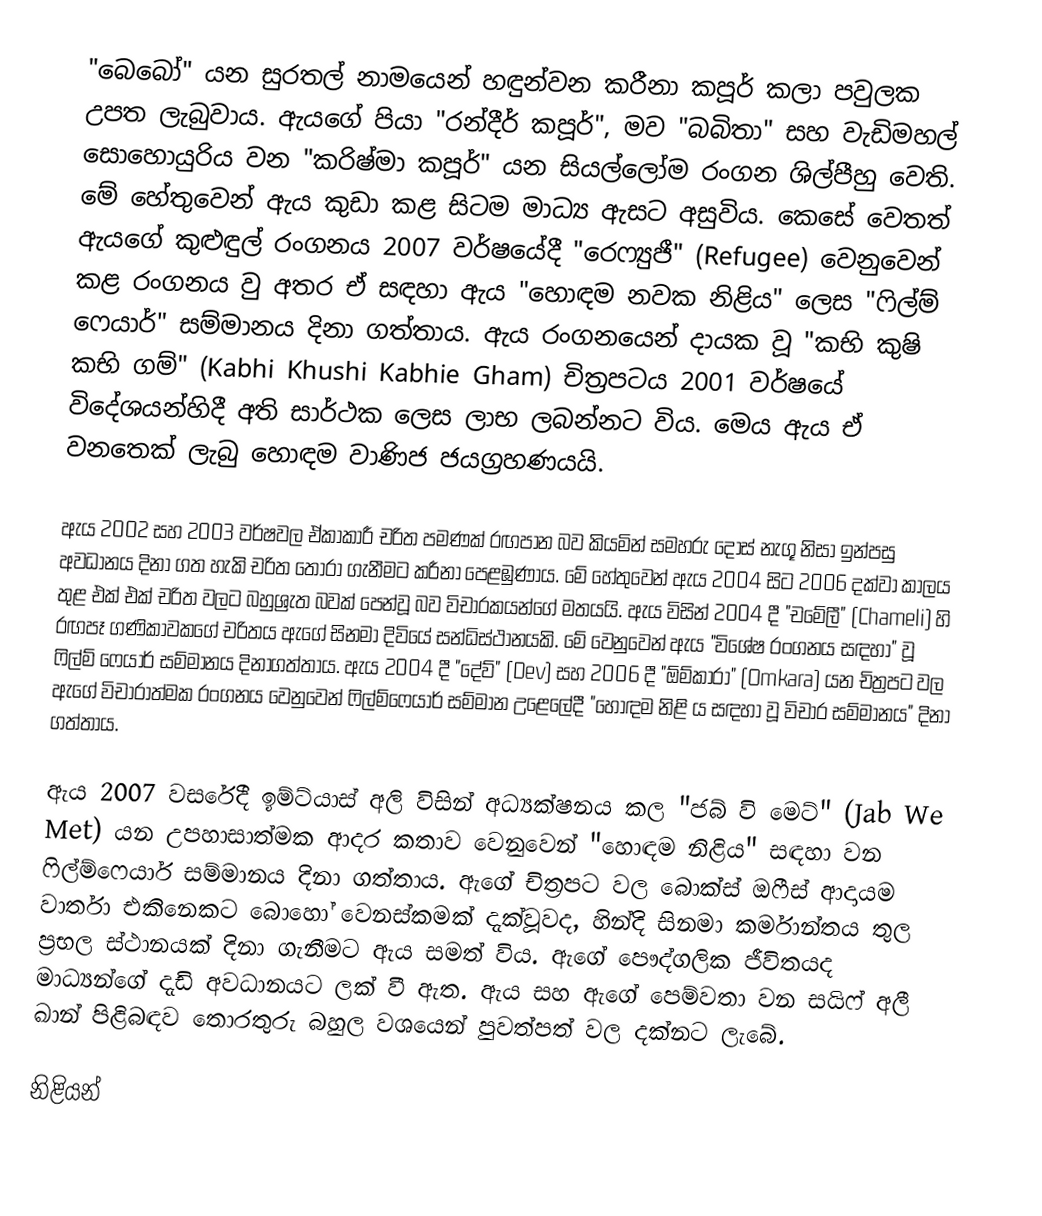
"බෙබෝ" යන සුරතල් නාමයෙන් හඳුන්වන කරීනා කපූර් කලා පවුලක උපත ලැබුවාය. ඇයගේ පියා "රන්දීර් කපූර්", මව "බබිතා" සහ වැඩිමහල් සොහොයුරිය වන "කරිෂ්මා කපූර්" යන සියල්ලෝම රංගන ශිල්පීහු වෙති. මේ හේතුවෙන් ඇය කුඩා කළ සිටම මාධ්‍ය ඇසට අසුවිය. කෙසේ වෙතත් ඇයගේ කුළුඳුල් රංගනය 2007 වර්ෂයේදී "රෙෆ්‍යුජී" (Refugee)  වෙනුවෙන් කළ රංගනය වු අතර ඒ සඳහා ඇය "හොඳම නවක නිළිය" ලෙස "ෆිල්ම් ෆෙයාර්" සම්මානය දිනා ගත්තාය. ඇය රංගනයෙන් දායක වූ  "කභි කුෂි කභි ගම්" (Kabhi Khushi Kabhie Gham) චිත්‍රපටය 2001 වර්ෂයේ විදේශයන්හිදී අති සාර්ථක ලෙස ලාභ ලබන්නට විය. මෙය ඇය ඒ වනතෙක් ලැබු හොඳම වාණිජ ජයග්‍රහණයයි.

ඇය 2002 සහ 2003 වර්ෂවල ඒකාකාරී චරිත පමණක් රඟපාන බව කියමින් සමහරු දොස් නැගූ නිසා ඉන්පසු අවධානය දිනා ගත හැකි චරිත තෝරා ගැනීමට කරීනා පෙළඹුණාය. මේ හේතුවෙන් ඇය 2004 සිට 2006 දක්වා කාලය තුළ එක් එක් චරිත වලට බහුශ්‍රැත බවක් පෙන්වූ බව විචාරකයන්ගේ මතයයි. ඇය විසින් 2004 දී "චමේලී" (Chameli) හි රඟපෑ ගණිකාවකගේ චරිතය ඇගේ සිනමා දිවියේ සන්ධිස්ථානයකි. මේ වෙනුවෙන් ඇය "විශේෂ රංගනය සඳහා" වූ ෆිල්ම් ෆෙයාර් සම්මානය දිනාගත්තාය. ඇය 2004 දී "දේව්" (Dev) සහ 2006 දී "ඕම්කාරා" (Omkara) යන චිත්‍රපට වල ඇගේ විචාරාත්මක රංගනය වෙනුවෙන් ෆිල්ම්ෆෙයාර් සම්මාන උළෙලේදී "හොඳම නිළි ය සඳහා වූ විචාර සම්මානය" දිනා ගත්තාය.

ඇය 2007 වසරේදී ඉම්ට්යාස් අලි විසින් අධ්‍යක්ෂනය කල "ජබ් වි මෙට්" (Jab We Met) යන උපහාසාත්මක ආදර කතාව වෙනුවෙන් "හොඳම නිළිය" සඳහා වන ෆිල්ම්ෆෙයාර් සම්මානය දිනා ගත්තාය. ඇගේ චිත්‍රපට වල බොක්ස් ඔෆීස් ආදායම වාර්තා එකිනෙකට බොහෝ වෙනස්කමක් දැක්වූවද, හින්දි සිනමා කර්මාන්තය තුල ප්‍රභල ස්ථානයක් දිනා ගැනීමට ඇය සමත් විය. ඇගේ පෞද්ගලික ජීවිතයද මාධ්‍යන්ගේ දැඩි අවධානයට ලක් වී ඇත. ඇය සහ ඇගේ පෙම්වතා වන සයිෆ් අලී ඛාන් පිළිබඳව තොරතුරු බහුල වශයෙන් පුවත්පත් වල දක්නට ලැබේ.

නිළියන්